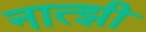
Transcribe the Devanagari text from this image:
नात्झी